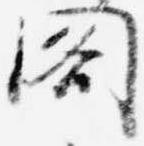
閣